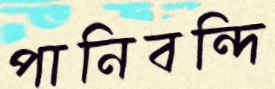
পানিবন্দি